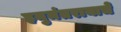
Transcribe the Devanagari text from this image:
हनुमंतरायाचे